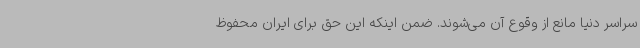
سراسر دنیا مانع از وقوع آن می‌شوند. ضمن اینکه این حق برای ایران محفوظ